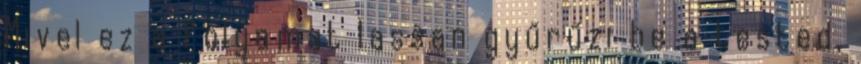
Mivel ez a folyamat lassan gyűrűzi be a tested,